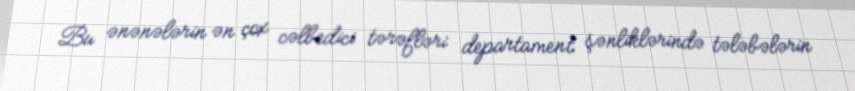
Bu ənənələrin ən çox cəlbedici tərəfləri departament şənliklərində tələbələrin